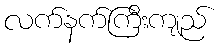
လက်နက်ကြီးကျည်